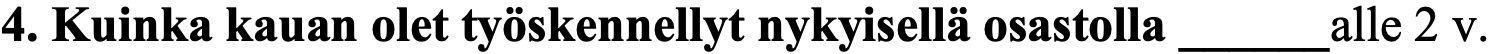
4. Kuinka kauan olet työskennellyt nykyisellä osastolla ______alle 2 v.